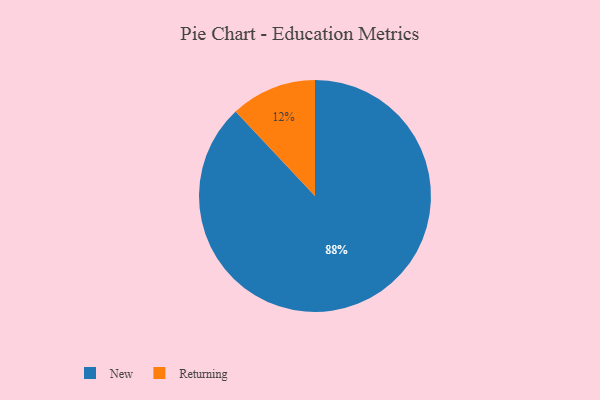
{"axis": {"x": "Category", "y": "Percentage"}, "legend": ["New", "Returning"], "data": [{"x": "New", "y": 88, "type": "New"}, {"x": "Returning", "y": 12, "type": "Returning"}]}